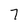
Character: 7